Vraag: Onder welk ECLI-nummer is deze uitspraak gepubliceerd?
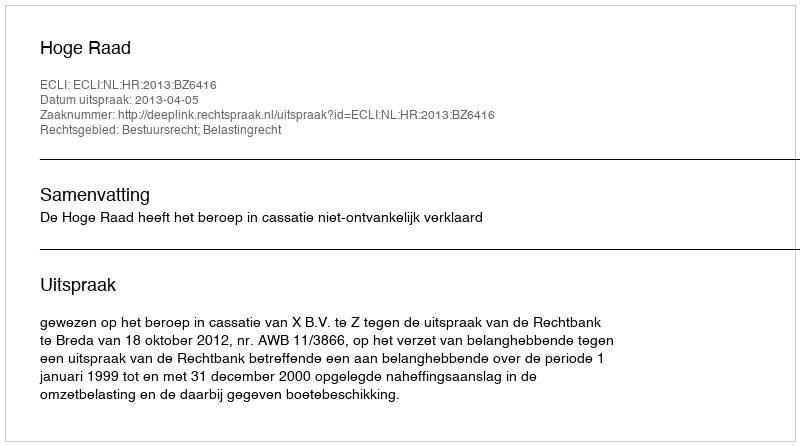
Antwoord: ECLI:NL:HR:2013:BZ6416